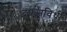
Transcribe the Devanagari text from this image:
दफनविधी